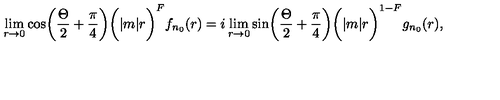
\lim _ { r \to 0 } \cos \biggl ( { \frac { \Theta } { 2 } } + { \frac { \pi } { 4 } } \biggr ) \biggl ( | m | r \biggr ) ^ { F } f _ { n _ { 0 } } ( r ) = i \lim _ { r \to 0 } \sin \biggl ( { \frac { \Theta } { 2 } } + { \frac { \pi } { 4 } } \biggr ) \biggl ( | m | r \biggr ) ^ { 1 - F } g _ { n _ { 0 } } ( r ) ,